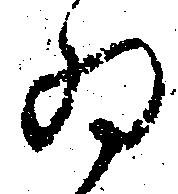
為